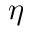
\eta